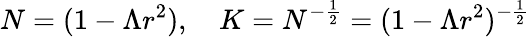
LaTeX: N=(1-\Lambda r^{2}),\quad K=N^{-\frac{1}{2}}=(1-\Lambda r^{2})^{-\frac{1}{2}}